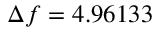
\Delta f = 4 . 9 6 1 3 3